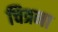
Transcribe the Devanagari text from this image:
चित्रना